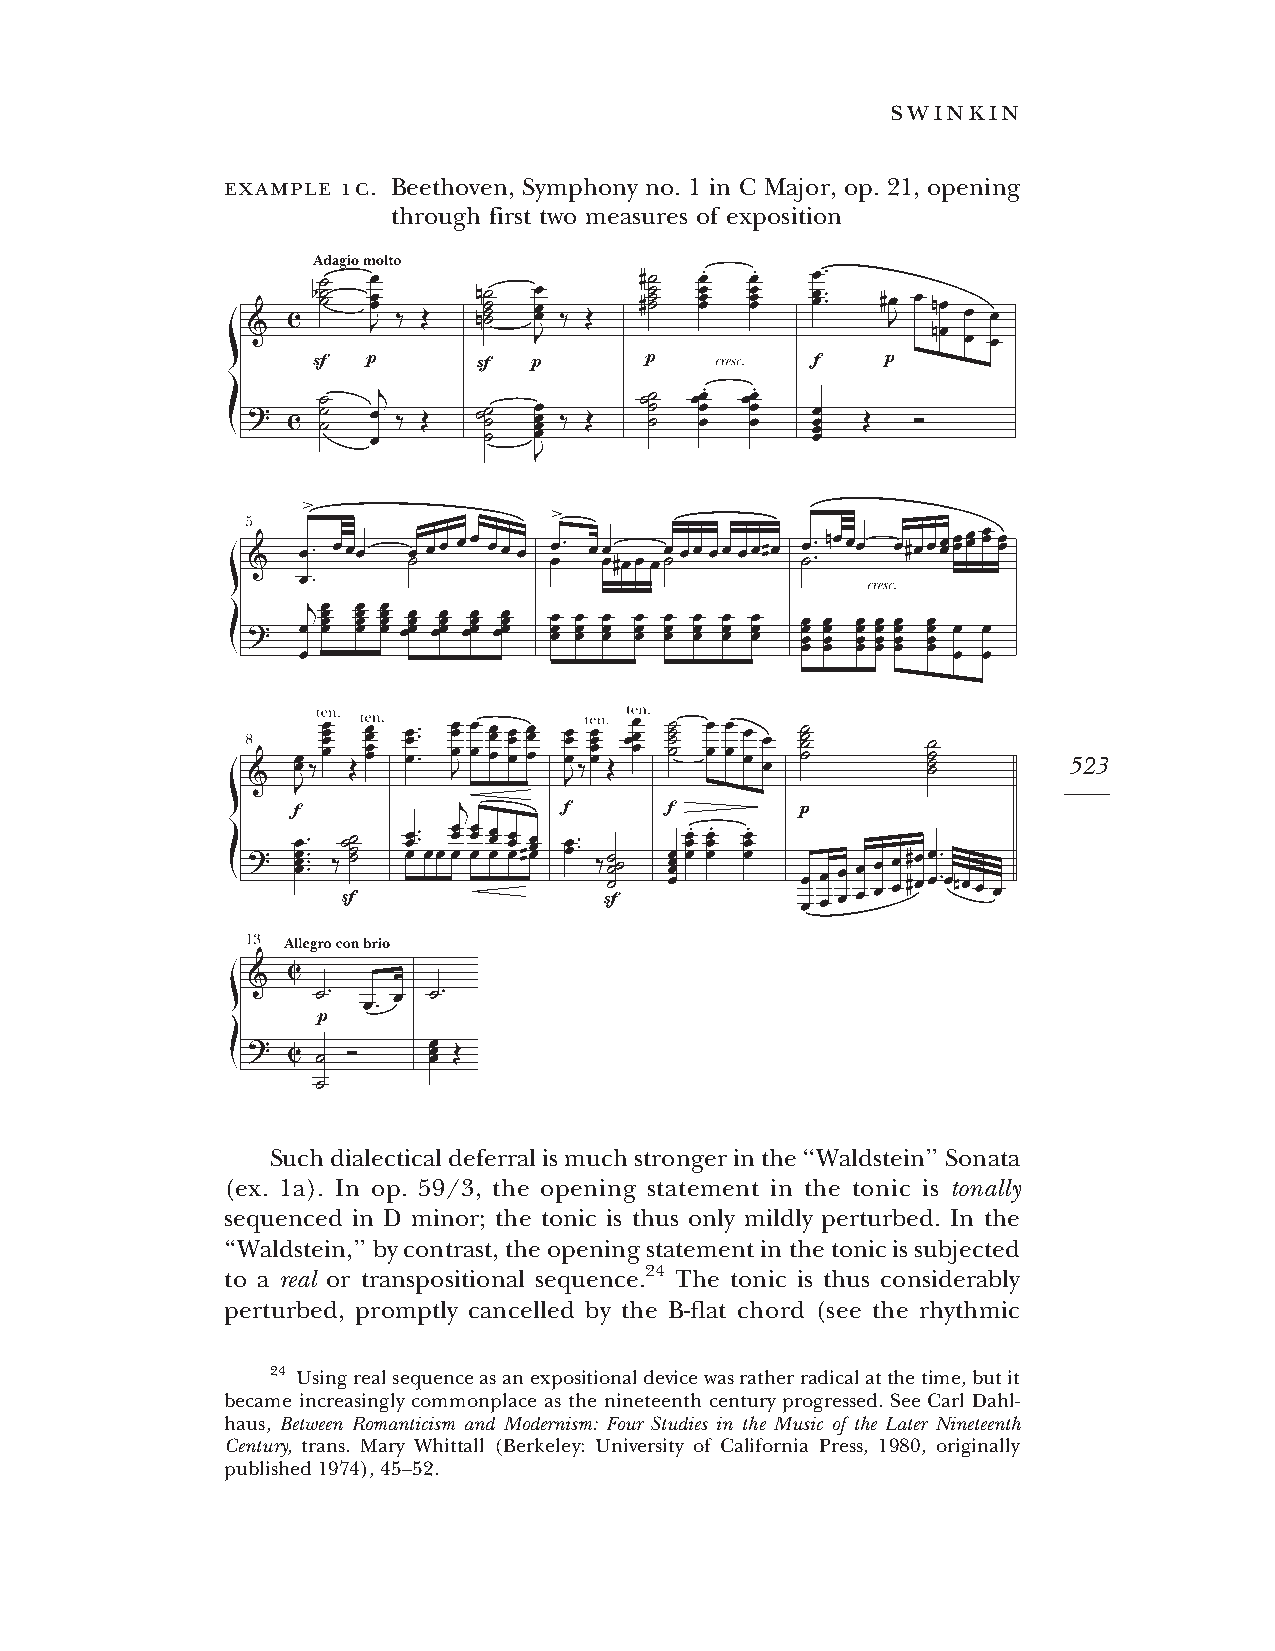
swinkin
 example 1c. Beethoven, Symphony no. 1 in C Major, op. 21, opening
 through first two measures of exposition
 523
 Suchdialecticaldeferralismuchstrongerinthe‘‘Waldstein’’Sonata
 (ex. 1a). In op. 59/3, the opening statement in the tonic is tonally
 sequenced in D minor; the tonic is thus only mildly perturbed. In the
 ‘‘Waldstein,’’bycontrast,theopeningstatementinthetonicissubjected
 to a real or transpositional sequence.24 The tonic is thus considerably
 perturbed, promptly cancelled by the B-flat chord (see the rhythmic
 24 Usingrealsequenceasanexpositionaldevicewasratherradicalatthetime,butit
 became increasingly commonplace as the nineteenth century progressed. See Carl Dahl-
 haus, Between Romanticism and Modernism: Four Studies in the Music of the Later Nineteenth
 Century, trans. Mary Whittall (Berkeley: University of California Press, 1980, originally
 published1974),45–52.